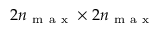
2 n _ { \mathrm { ~ m ~ a ~ x ~ } } \times 2 n _ { \mathrm { ~ m ~ a ~ x ~ } }